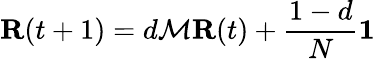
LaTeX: \mathbf{R}(t+1)=d{\mathcal{M}}\mathbf{R}(t)+{\frac{1-d}{N}}\mathbf{1}